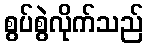
စွပ်စွဲလိုက်သည်